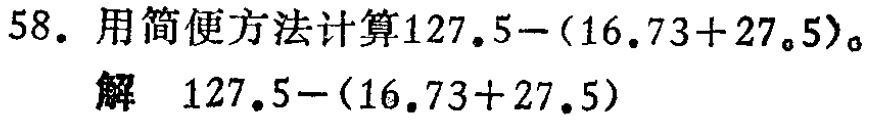
58. 用简便方法计算\(127.5-(16.73 + 27.5)\)。
解 \(127.5-(16.73 + 27.5)\)